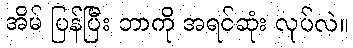
အိမ် ပြန်ပြီး ဘာကို အရင်ဆုံး လုပ်လဲ။